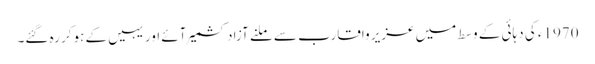
1970ء کی دہائی کے وسط میں عزیر واقارب سے ملنے آزادکشمیر آئے اور یہیں کے ہوکر رہ گئے۔